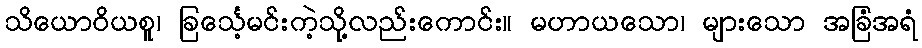
သိယောဝိယစူ၊ ခြင်္သေ့မင်းကဲ့သို့လည်းကောင်း။ မဟာယသော၊ များသော အခြံအရံ